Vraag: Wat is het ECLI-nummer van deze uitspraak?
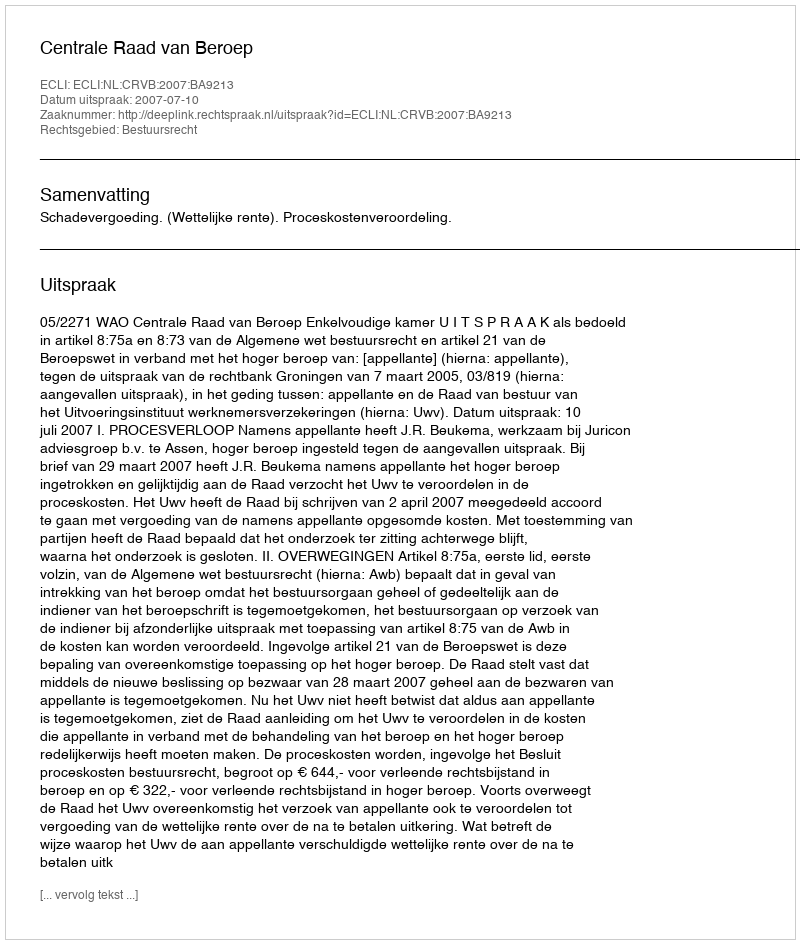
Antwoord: ECLI:NL:CRVB:2007:BA9213